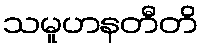
သမူဟနတီတိ